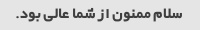
سلام ممنون از شما عالی بود.